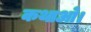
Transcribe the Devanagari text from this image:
कथाओ।